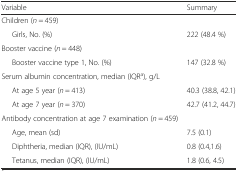
<table><thead><tr><td><b>Variable</b></td><td><b>Summary</b></td></tr></thead><tbody><tr><td>Children (<i>n</i> = 459)</td><td></td></tr><tr><td>Girls, No. (%)</td><td>222 (48.4 %)</td></tr><tr><td>Booster vaccine (<i>n</i> = 448)</td><td></td></tr><tr><td>Booster vaccine type 1, No. (%)</td><td>147 (32.8 %)</td></tr><tr><td>Serum albumin concentration, median (IQR<sup>a</sup>), g/L</td><td></td></tr><tr><td>At age 5 year (<i>n</i> = 413)</td><td>40.3 (38.8, 42.1)</td></tr><tr><td>At age 7 year (<i>n</i> = 370)</td><td>42.7 (41.2, 44.7)</td></tr><tr><td>Antibody concentration at age 7 examination (<i>n</i> = 459)</td><td></td></tr><tr><td>Age, mean (sd)</td><td>7.5 (0.1)</td></tr><tr><td>Diphtheria, median (IQR), (IU/mL)</td><td>0.8 (0.4,1.6)</td></tr><tr><td>Tetanus, median (IQR), (IU/mL)</td><td>1.8 (0.6, 4.5)</td></tr></tbody></table>